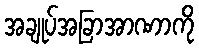
အချုပ်အခြာအာဏာကို